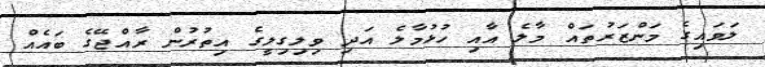
ލަވައިގެ މަންޒަރުތައް މާލެ އާއި ހުޅުމާލެ އަދި ވިލިގިލީގެ އިތުރުން ރާއްޖޭގެ ބައެއް